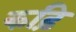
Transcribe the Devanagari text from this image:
कढ़ि